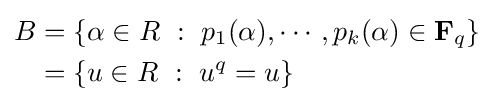
{\begin{aligned}B&=\left\{\alpha \in R\ :\ p_{1}(\alpha ),\cdots ,p_{k}(\alpha )\in \mathbf {F} _{q}\right\}\\&=\{u\in R\ :\ u^{q}=u\}\end{aligned}}